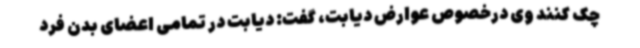
چک کنند وی درخصوص عوارض دیابت، گفت: دیابت در تمامی اعضای بدن فرد